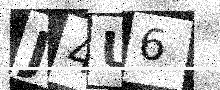
Text: J4U6